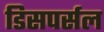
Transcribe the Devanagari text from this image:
डिसपर्सल